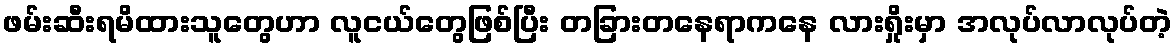
ဖမ်းဆီးရမိထားသူတွေဟာ လူငယ်တွေဖြစ်ပြီး တခြားတနေရာကနေ လားရှိုးမှာ အလုပ်လာလုပ်တဲ့